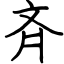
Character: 斉